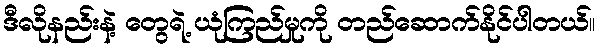
ဒီလိုနည်းနဲ့ တွေရဲ့ ယုံကြည်မှုကို တည်ဆောက်နိုင်ပါတယ်။